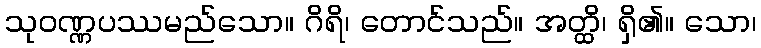
သုဝဏ္ဏပဿမည်သော။ ဂိရိ၊ တောင်သည်။ အတ္ထိ၊ ရှိ၏။ သော၊